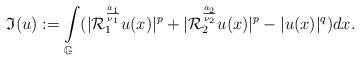
LaTeX: \begin{align*}\mathfrak{I}(u):=\int\limits_{\mathbb{G}}(|\mathcal{R}_{1}^{\frac{a_{1}}{\nu_{1}}}u(x)|^{p}+|\mathcal{R}_{2}^{\frac{a_{2}}{\nu_{2}}}u(x)|^{p}-|u(x)|^{q})dx.\end{align*}